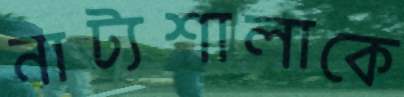
নাট্যশালাকে